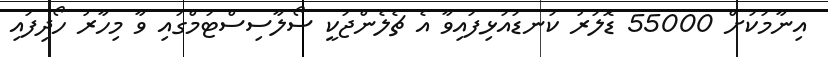
އިނާމަކަށް 55000 ޑޮލަރު ކަނޑައަޅިފައިވާ އެ ޗެލެންޖަކީ ސޯލާސިސްޓަމްގައި ވާ މިހާރު ހޯދިފައި